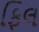
ફિલ